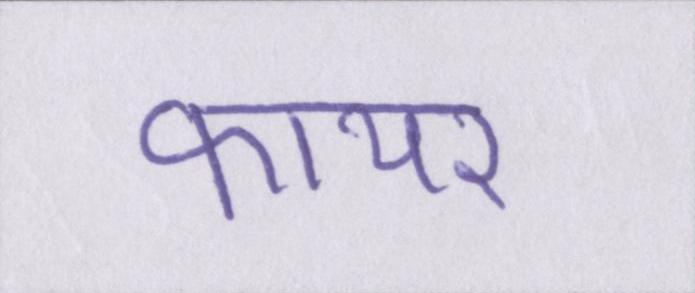
फायर